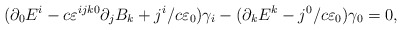
\begin{align*}(\partial _{0}E^{i}-c\varepsilon ^{ijk0}\partial_{j}B_{k}+j^{i}/c\varepsilon _{0})\gamma _{i}-(\partial_{k}E^{k}-j^{0}/c\varepsilon _{0})\gamma _{0}=0, \end{align*}